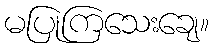
မပြုကြသေးချေ။